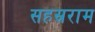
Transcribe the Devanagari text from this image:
सहस्रराम